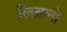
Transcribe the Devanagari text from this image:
लिब्रलों